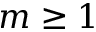
m \ge 1